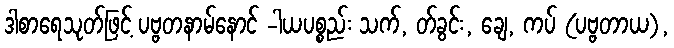
ဒါစာရေသုတ်ဖြင့် ပဗ္ဗတနာမ်နောင် -ါယပစ္စည်း သက်, တ်ခွင်း, ချေ, ကပ် (ပဗ္ဗတာယ),